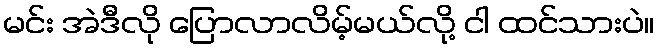
မင်း အဲဒီလို ပြောလာလိမ့်မယ်လို့ ငါ ထင်သားပဲ။